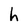
Character: h